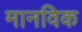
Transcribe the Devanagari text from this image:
मानविक